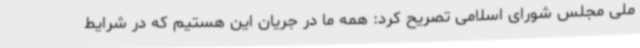
ملی مجلس شورای اسلامی تصریح کرد: همه ما در جریان این هستیم که در شرایط